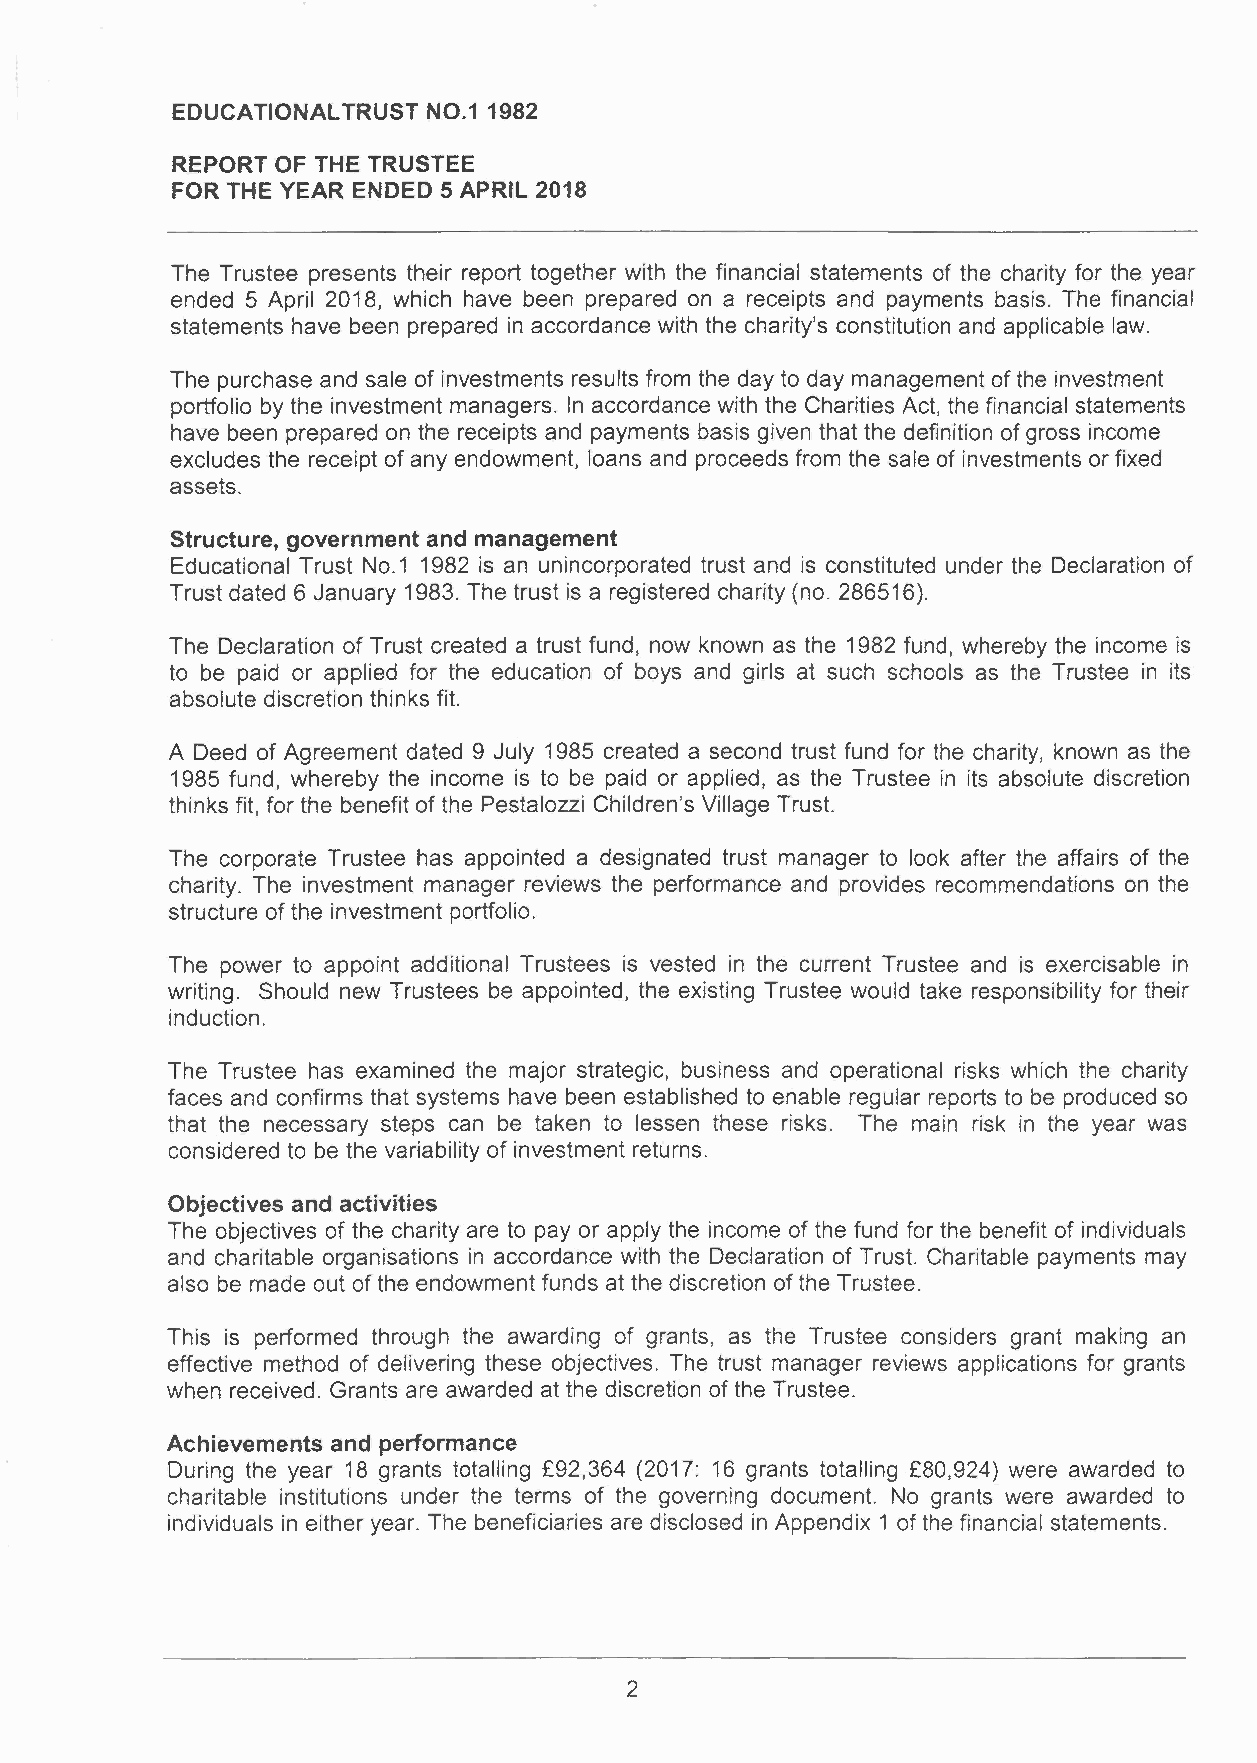
EDUCATIONAL TRUST NO.1 1982
 REPORT OF THE TRUSTEE
 FOR THE YEAR ENDED 5 APRIL 2018
 The Trustee presents their report together with the financial statements of the charity for the year
 ended 5 April 2018, which have been prepared on a receipts and payments basis. The financial
 statements have been prepared in accordance with the charity's constitution and applicable law.
 The purchase and sale of investments results from the day to day management of the investment
 portfolio by the investment managers. In accordance with the Charities Act, the financial statements
 have been prepared on the receipts and payments basis given that the definition of gross income
 excludes the receipt of any endowment, loans and proceeds from the sale of investments or fixed
 assets.
 Structure, government and management
 Educational Trust NO.1 1982 is an unincorporated trust and is constituted under the Declaration of
 Trust dated 6 January 1983. The trust is a registered charity (no. 286516).
 The Declaration of Trust created a trust fund, now known as the 1982 fund, whereby the income is
 to be paid or applied for the education of boys and girls at such schools as the Trustee in its
 absolute discretion thinks fit.
 A Deed of Agreement dated 9 July 1985 created a second trust fund for the charity, known as the
 1985 fund, whereby the income is to be paid or applied, as the Trustee in its absolute discretion
 thinks fit, for the benefit of the Pestalozzi Children's Village Trust.
 The corporate Trustee has appointed a designated trust manager to look after the affairs of the
 charity. The investment manager reviews the performance and provides recommendations on the
 structure of the investment portfolio.
 The power to appoint additional Trustees is vested in the current Trustee and is exercisable in
 writing. Should new Trustees be appointed, the existing Trustee would take responsibility for their
 induction.
 The Trustee has examined the major strategic, business and operational risks which the charity
 faces and confirms that systems have been established to enable regular reports to be produced so
 that the necessary steps can be taken to lessen these risks. The main risk in the year was
 considered to be the variability of investment returns.
 Objectives and activities
 The objectives of the charity are to payor apply the income of the fund for the benefit of individuals
 and charitable organisations in accordance with the Declaration of Trust. Charitable payments may
 also be made out of the endowment funds at the discretion of the Trustee.
 This is performed through the awarding of grants, as the Trustee considers grant making an
 effective method of delivering these objectives. The trust manager reviews applications for grants
 when received. Grants are awarded at the discretion of the Trustee.
 Achievements and performance
 During the year 18 grants totalling £92,364 (2017: 16 grants totalling £80,924) were awarded to
 charitable institutions under the terms of the governing document. No grants were awarded to
 individuals in either year. The beneficiaries are disclosed in Appendix 1 of the financial statements.
 2